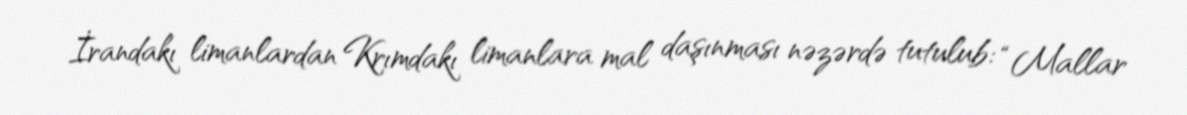
İrandakı limanlardan Krımdakı limanlara mal daşınması nəzərdə tutulub: “Mallar